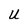
Character: U